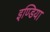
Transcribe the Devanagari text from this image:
इण्‍डिया